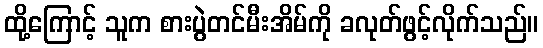
ထို့ကြောင့် သူက စားပွဲတင်မီးအိမ်ကို ခလုတ်ဖွင့်လိုက်သည်။